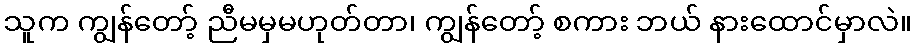
သူက ကျွန်တော့် ညီမမှမဟုတ်တာ၊ ကျွန်တော့် စကား ဘယ် နားထောင်မှာလဲ။